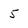
Character: 5